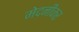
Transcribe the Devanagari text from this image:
मेदनीकर